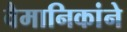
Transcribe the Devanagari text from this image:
वैमानिकांने